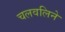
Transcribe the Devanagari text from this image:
चलवलिने